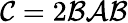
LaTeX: \mathcal{C}=2\mathcal{B}\mathcal{A}\mathcal{B}